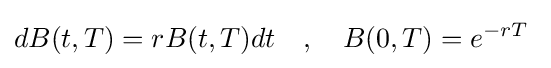
dB(t,T)=rB(t,T)dt~~~,~~~B(0,T)=e^{-rT}~